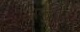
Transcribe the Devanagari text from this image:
अनुज्ञा।